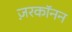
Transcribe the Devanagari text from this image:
ज़रकॉनन